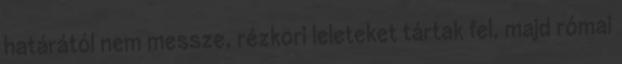
határától nem messze, rézkori leleteket tártak fel, majd római